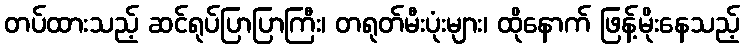
တပ်ထားသည့် ဆင်ရုပ်ပြာပြာကြီး၊ တရုတ်မီးပုံးများ၊ ထိုနောက် ဖြန့်မိုးနေသည့်